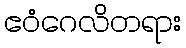
ဧဝံဂေလိတရား